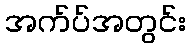
အက်ပ်အတွင်း